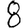
Digit: 8